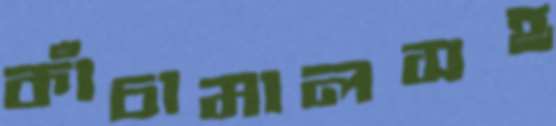
কাঁচামালসহ